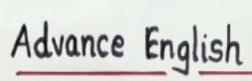
Advance English